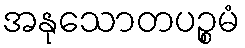
အနုသောတပဉ္စမံ